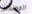
المهندس